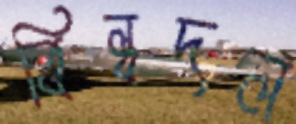
বিল্বদল